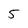
Character: 5